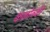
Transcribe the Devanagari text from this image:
कलोब्की